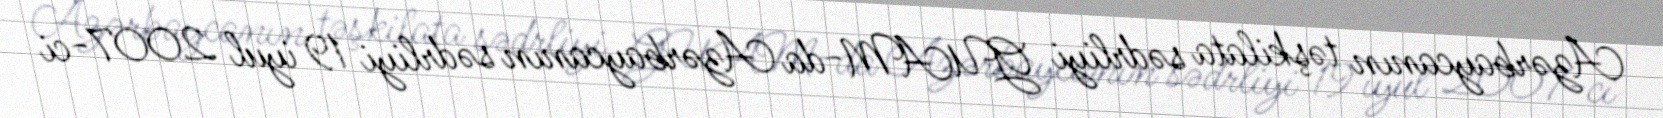
Azərbaycanın təşkilata sədrliyi GUAM-da Azərbaycanın sədrliyi 19 iyul 2007-ci